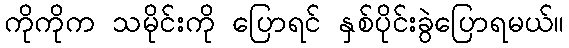
ကိုကိုက သမိုင်းကို ပြောရင် နှစ်ပိုင်းခွဲပြောရမယ်။